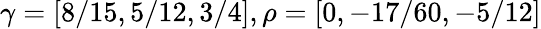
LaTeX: \gamma=[8/15,5/12,3/4],\rho=[0,-17/60,-5/12]